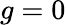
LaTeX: g=0